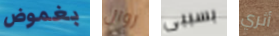
بغموض زوال بسببى أثري